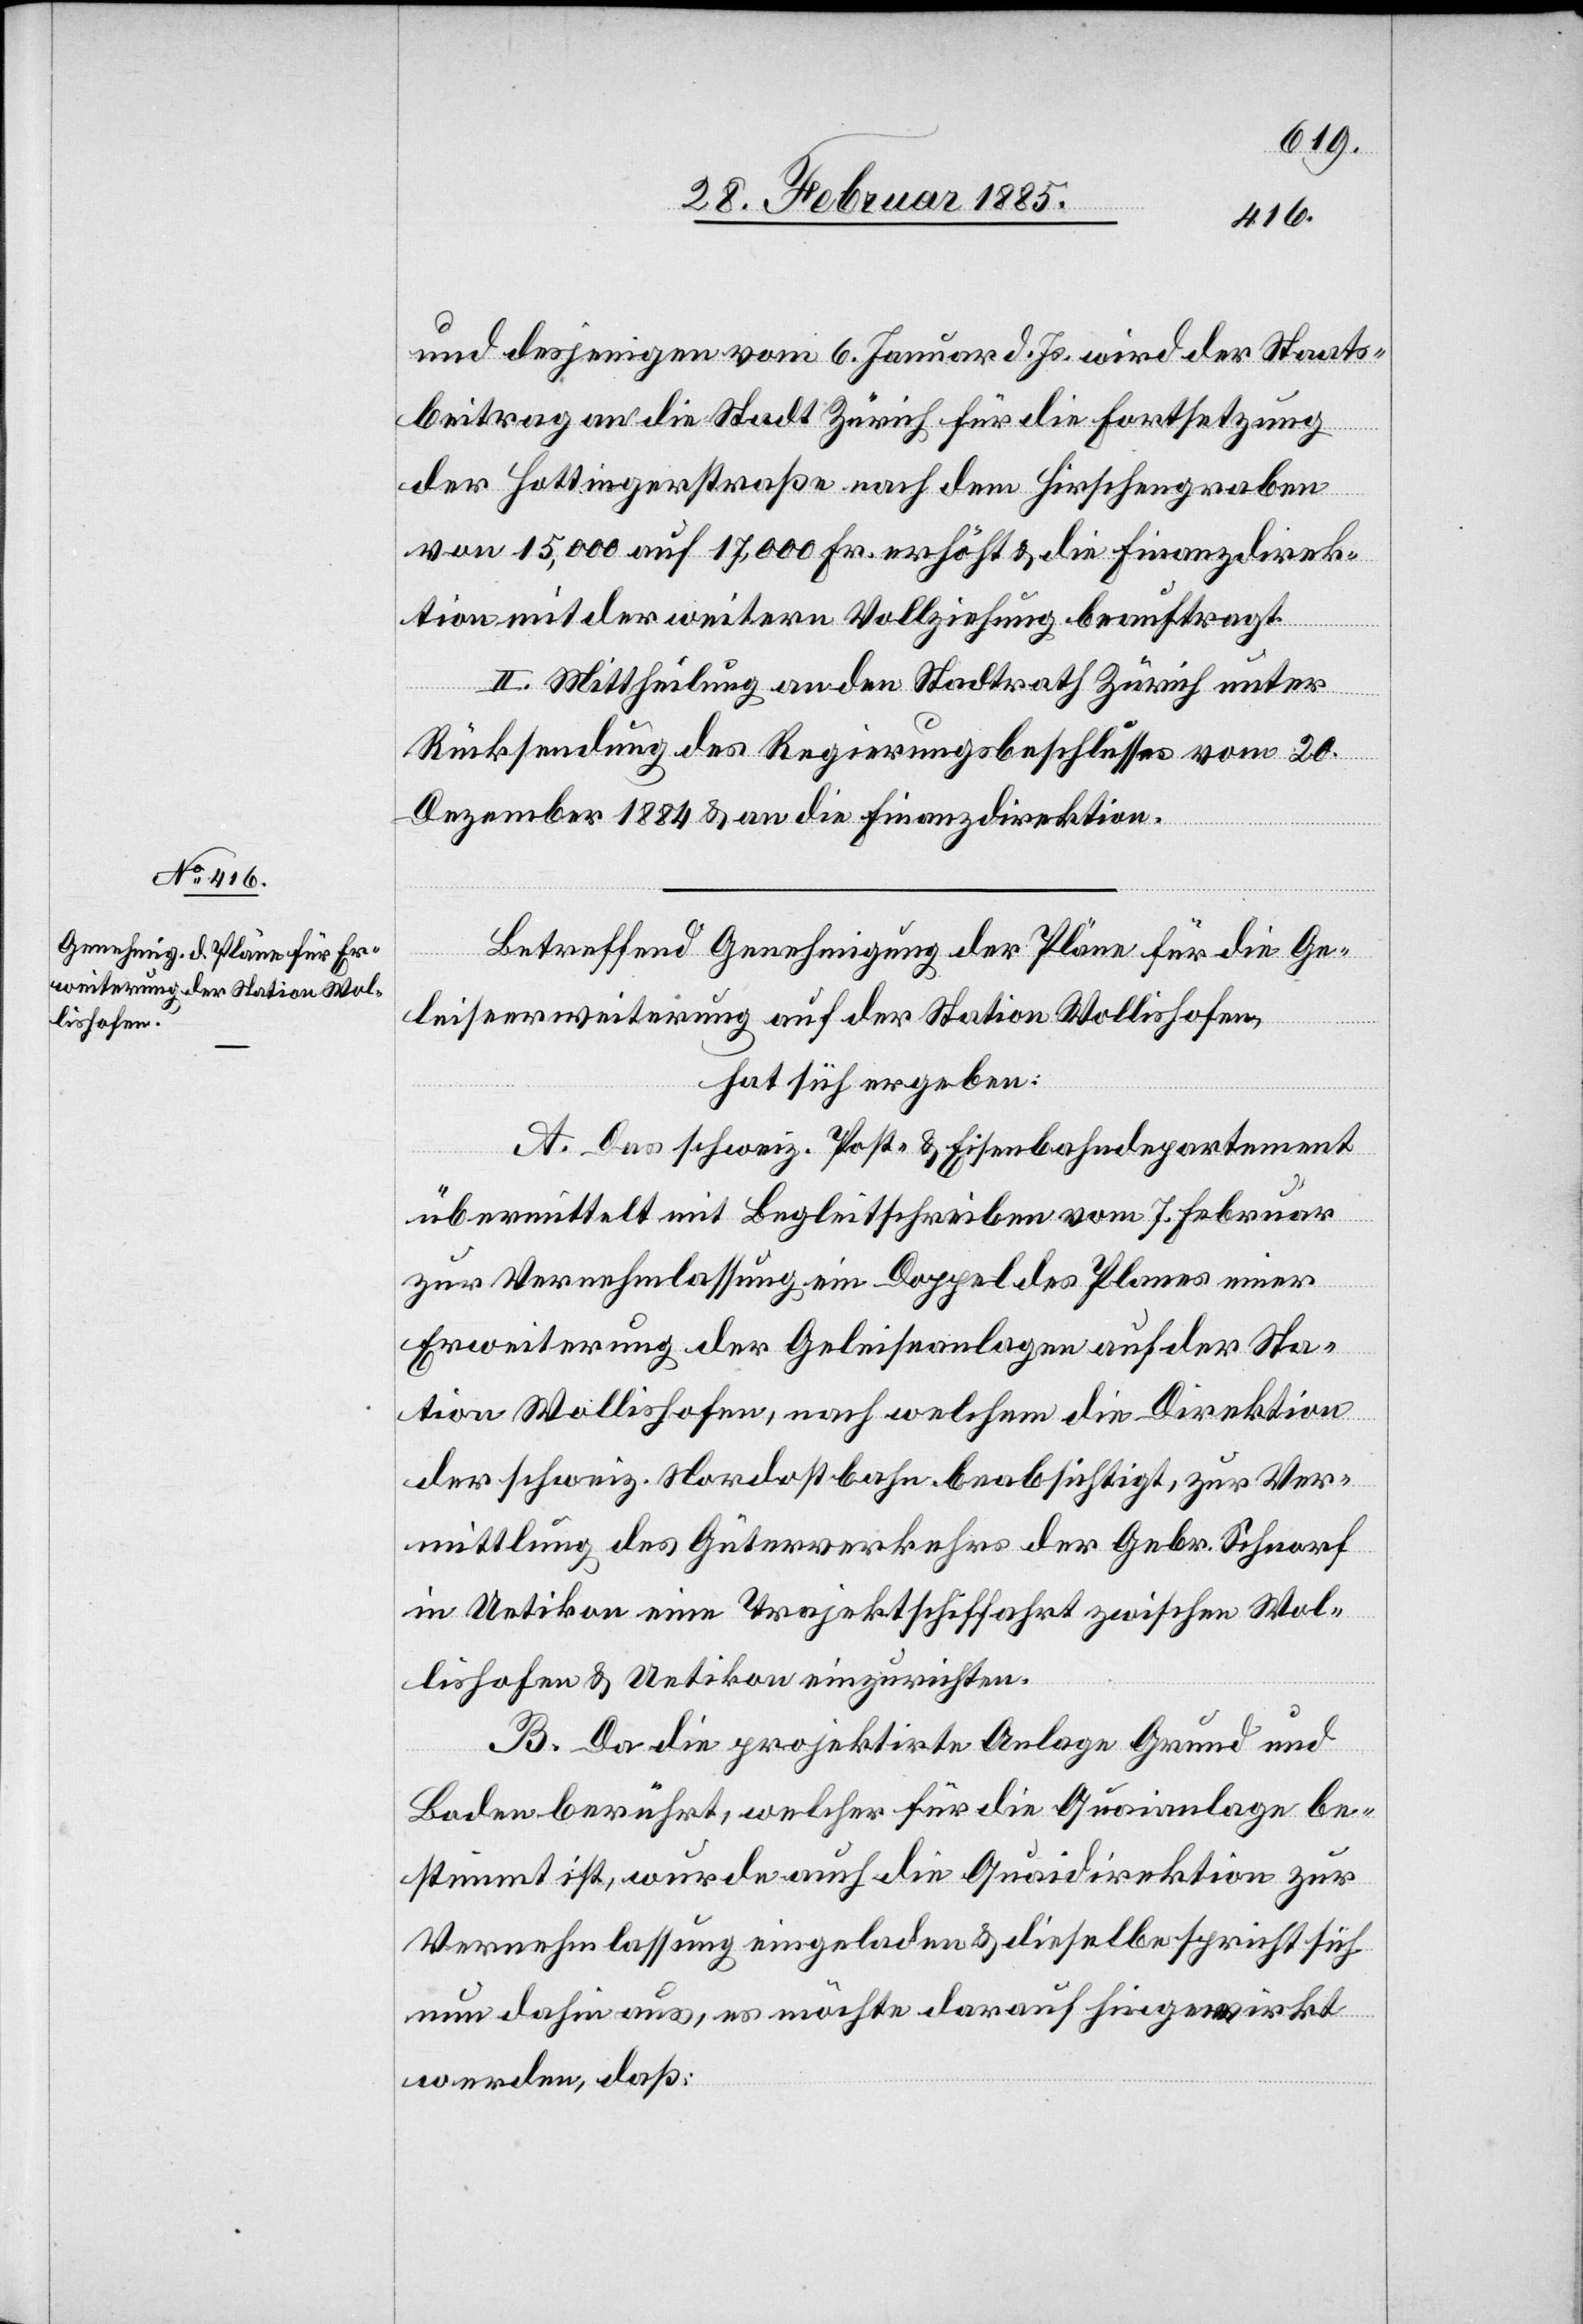
und desjenigen vom 6. Januar d. Js. wird der Staats¬
beitrag an die Stadt Zürich für die Fortsetzung
der Hottingerstraße nach dem Hirschengraben
von 15,000 auf 17,000 Fr. erhöht & die Finanzdirek¬
tion mit der weitern Vollziehung beauftragt.
II. Mittheilung an den Stadtrath Zürich unter
Rücksendung des Regierungsbeschlusses vom 20.
Dezember 1884 & an die Finanzdirektion.
Betreffend Genehmigung der Pläne für die Ge¬
leiseerweiterung auf der Station Wollishofen,
hat sich ergeben:
A. Das schweiz. Post- & Eisenbahndepartement
übermittelt mit Begleitschreiben vom 7. Februar
zur Vernehmlassung ein Doppel des Planes einer
Erweiterung der Geleiseanlagen auf der Sta¬
tion Wollishofen, nach welchem die Direktion
der schweiz. Nordostbahn beabsichtigt, zur Ver¬
mittlung des Güterverkehrs der Gebr. Schnorf
in Uetikon eine Projektschiffahrt zwischen Wol¬
lishofen & Uetikon einzurichten.
B. Da die projektirte Anlage Grund und
Boden berührt, welcher für die Quaianlage be¬
stimmt ist, wurde auch die Quaidirektion zur
Vernehmlassung eingeladen & dieselbe spricht sich
nun dahin aus, es möchte darauf hingewirkt
werden, daß: